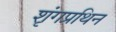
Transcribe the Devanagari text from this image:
शृंगप्रथिन